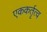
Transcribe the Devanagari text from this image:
एककर्तृत्व